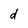
Character: d